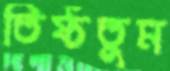
তিষ্ঠতুম